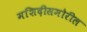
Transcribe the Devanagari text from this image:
मशिदीसमोरील